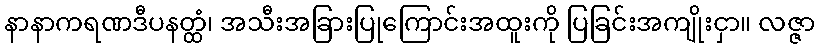
နာနာကရဏဒီပနတ္ထံ၊ အသီးအခြားပြုကြောင်းအထူးကို ပြခြင်းအကျိုးငှာ။ လဇ္ဇာ